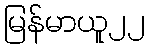
မြန်မာယူ၂၂